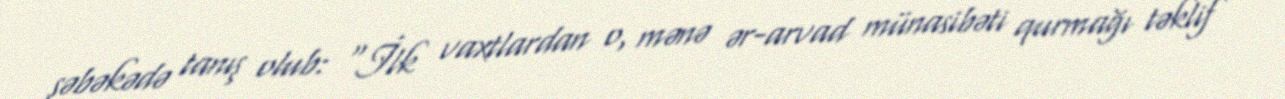
şəbəkədə tanış olub: "İlk vaxtlardan o, mənə ər-arvad münasibəti qurmağı təklif